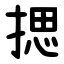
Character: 揌